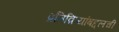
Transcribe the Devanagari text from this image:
प्रतिक्रियांबद्दलची